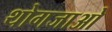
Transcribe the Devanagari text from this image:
थोगजाओ